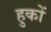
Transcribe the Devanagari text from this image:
हुकों